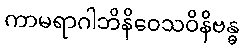
ကာမရာဂါဘိနိဝေသဝိနိဗန္ဓ